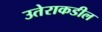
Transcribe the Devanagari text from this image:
उतेराकडील